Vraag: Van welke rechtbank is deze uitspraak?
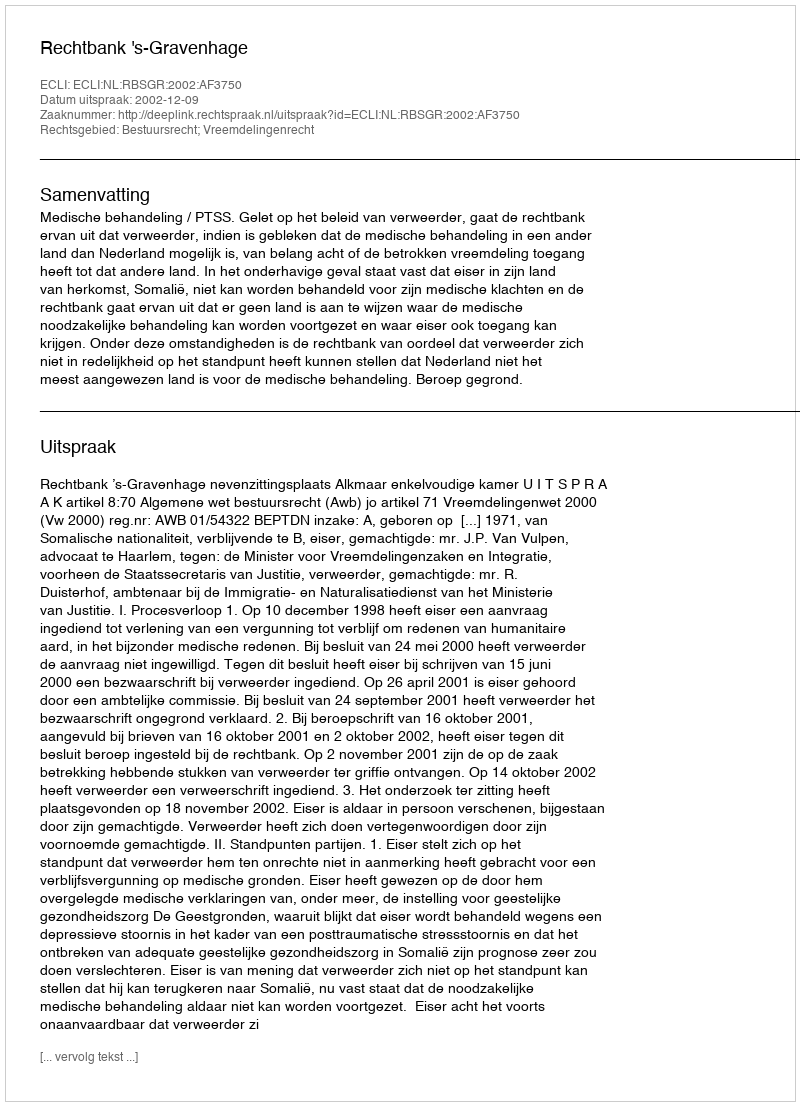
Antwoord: Rechtbank 's-Gravenhage